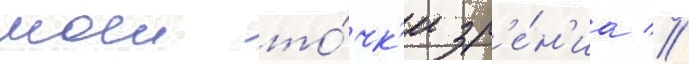
моеи то́чк'и зр'е́н'иа //